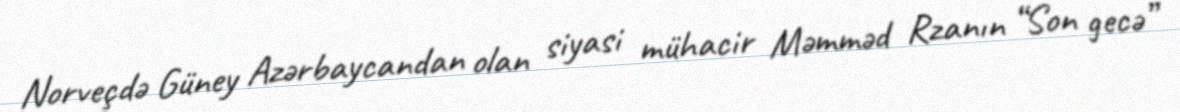
Norveçdə Güney Azərbaycandan olan siyasi mühacir Məmməd Rzanın “Son gecə”